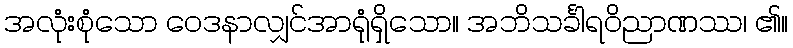
အလုံးစုံသော ဝေဒနာလျှင်အာရုံရှိသော။ အဘိသင်္ခါရဝိညာဏဿ၊ ၏။